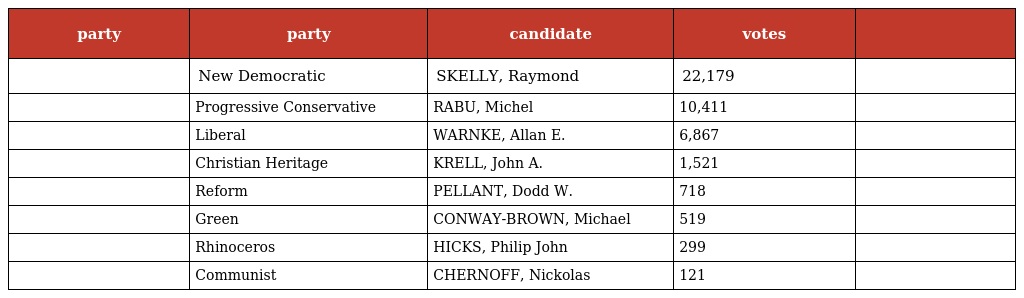
| party | party | candidate | votes |  |
 | --- | --- | --- | --- | --- |
 |  | New Democratic | SKELLY, Raymond | 22,179 |  |
 |  | Progressive Conservative | RABU, Michel | 10,411 |  |
 |  | Liberal | WARNKE, Allan E. | 6,867 |  |
 |  | Christian Heritage | KRELL, John A. | 1,521 |  |
 |  | Reform | PELLANT, Dodd W. | 718 |  |
 |  | Green | CONWAY-BROWN, Michael | 519 |  |
 |  | Rhinoceros | HICKS, Philip John | 299 |  |
 |  | Communist | CHERNOFF, Nickolas | 121 |  |